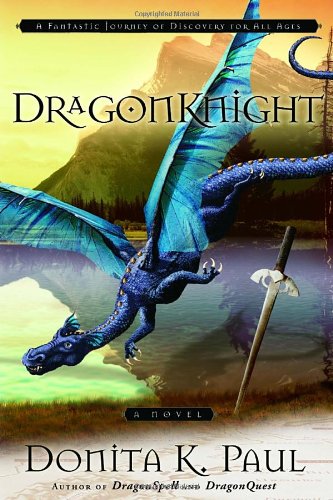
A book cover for DragonKnight (Dragon Keepers Chronicles, Book 3); Donita K. Paul; Religion & Spirituality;